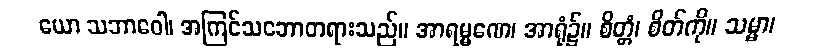
ယော သဘာဝေါ၊ အကြင်သဘောတရားသည်။ အာရမ္မဏေ၊ အာရုံ၌။ စိတ္တံ၊ စိတ်ကို။ သမ္မာ၊